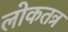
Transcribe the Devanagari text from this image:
लोकतत्र